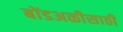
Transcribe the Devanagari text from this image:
बोंडअळीसाठी